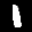
Label: 1